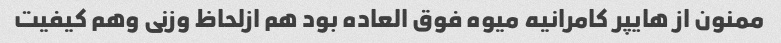
ممنون از هایپر کامرانیه میوه فوق العاده بود هم ازلحاظ وزنی وهم کیفیت